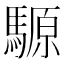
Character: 騵